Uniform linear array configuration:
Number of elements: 4
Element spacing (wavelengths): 0.5
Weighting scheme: kaiser
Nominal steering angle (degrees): -60
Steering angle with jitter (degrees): -60.702
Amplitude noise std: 0.05
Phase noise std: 0.05

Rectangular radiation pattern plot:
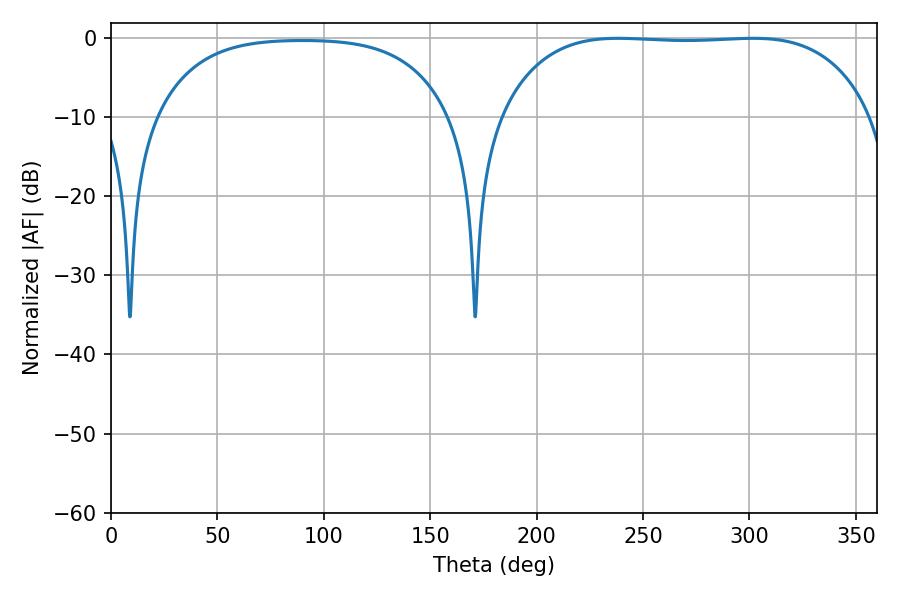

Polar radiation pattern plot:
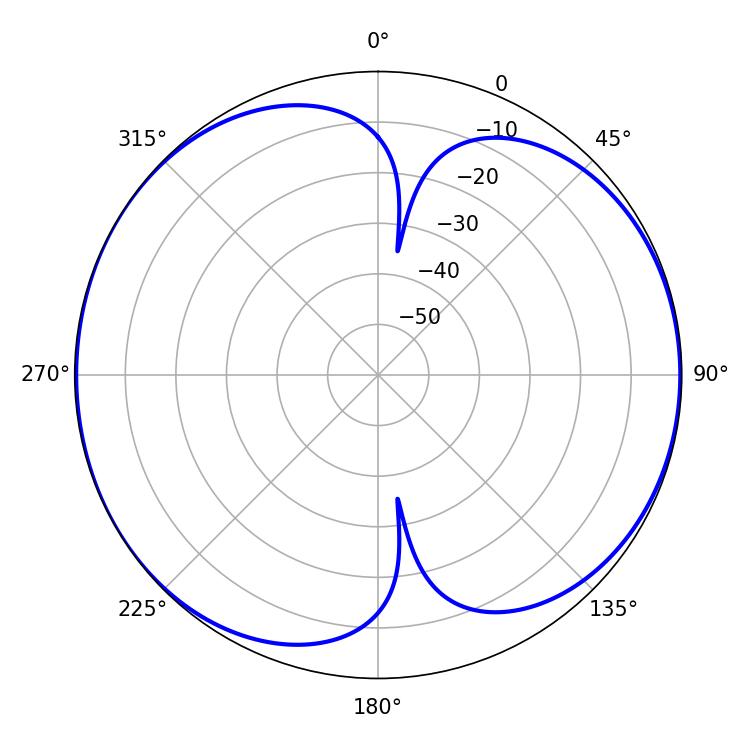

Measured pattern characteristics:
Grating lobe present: FALSE
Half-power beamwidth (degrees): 136.08
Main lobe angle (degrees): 238.32